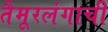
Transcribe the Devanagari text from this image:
तैमूरलंगाची